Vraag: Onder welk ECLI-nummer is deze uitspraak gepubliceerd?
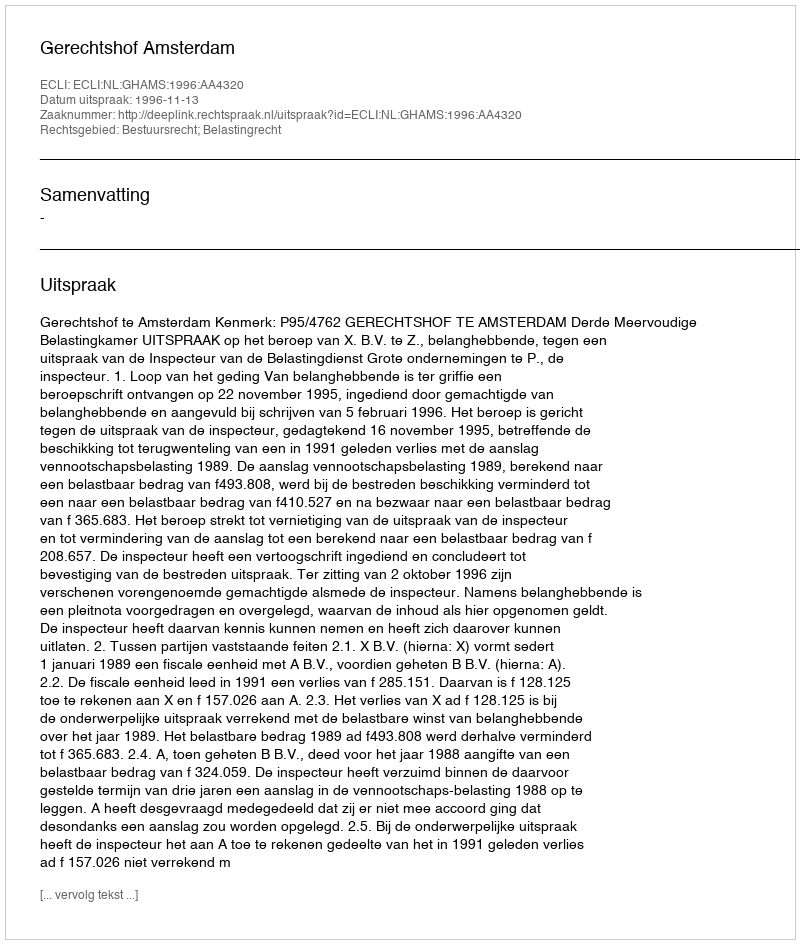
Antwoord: ECLI:NL:GHAMS:1996:AA4320